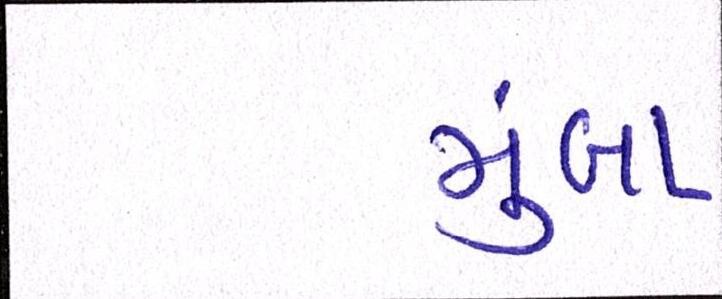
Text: મુંબા